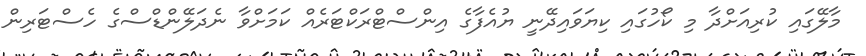
މާލޭގައި ކުރިއަށްދާ މި ކޯހުގައި ކިޔަވައިދޭނީ ޔުއެފާގެ އިންސްޓްރަކްޓަރެއް ކަމަށްވާ ނެދަލޭންޑްސްގެ ހެސްޓަރިން